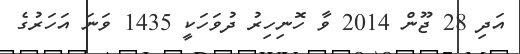
އަދި 28 ޖޫން 2014 ވާ ހޮނިހިރު ދުވަހަކީ 1435 ވަނަ އަހަރުގެ